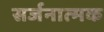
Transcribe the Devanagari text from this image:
सर्जनात्‍मक